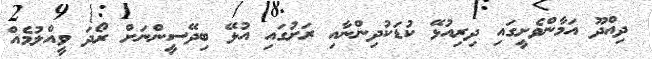
ދިއްދޫ އަމާންވެށީގައި ދިރިއުޅޭ ކުޑަކުދިންނާއި ރަށުގައި އުޅޭ ބިދޭސީންނަށް ރޯދަ ވީއްލުމެއް